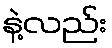
နဲ့လည်း